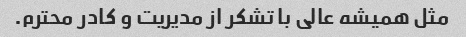
مثل همیشه عالی با تشکر از مدیریت و کادر محترم.